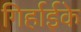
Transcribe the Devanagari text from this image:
गिर्हाईके